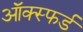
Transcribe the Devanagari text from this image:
ऑक्स्फर्ड